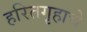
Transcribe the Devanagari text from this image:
हरितगृहाचे